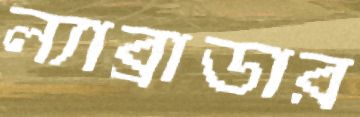
ল্যাব্রাডার